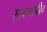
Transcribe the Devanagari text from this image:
सल्ल्यानीच